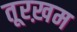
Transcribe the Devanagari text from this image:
तूरख़म